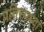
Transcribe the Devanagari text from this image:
प्रतिस्पर्ध्दा